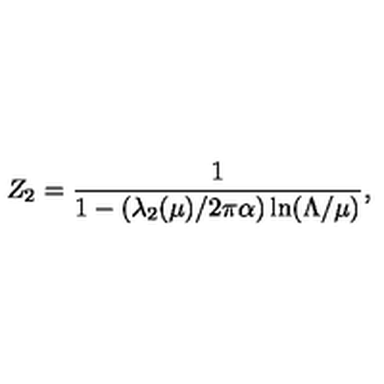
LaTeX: Z _ { 2 } = { \frac { 1 } { 1 - ( \lambda _ { 2 } ( \mu ) / 2 \pi \alpha ) \ln ( \Lambda / \mu ) } } ,